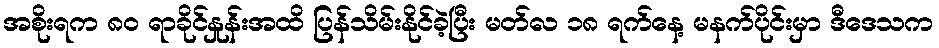
အစိုးရက ၈၀ ရာခိုင်နှုန်းအထိ ပြန်သိမ်းနိုင်ခဲ့ပြီး မတ်လ ၁၈ ရက်နေ့ မနက်ပိုင်းမှာ ဒီဒေသက